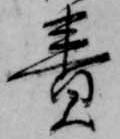
責